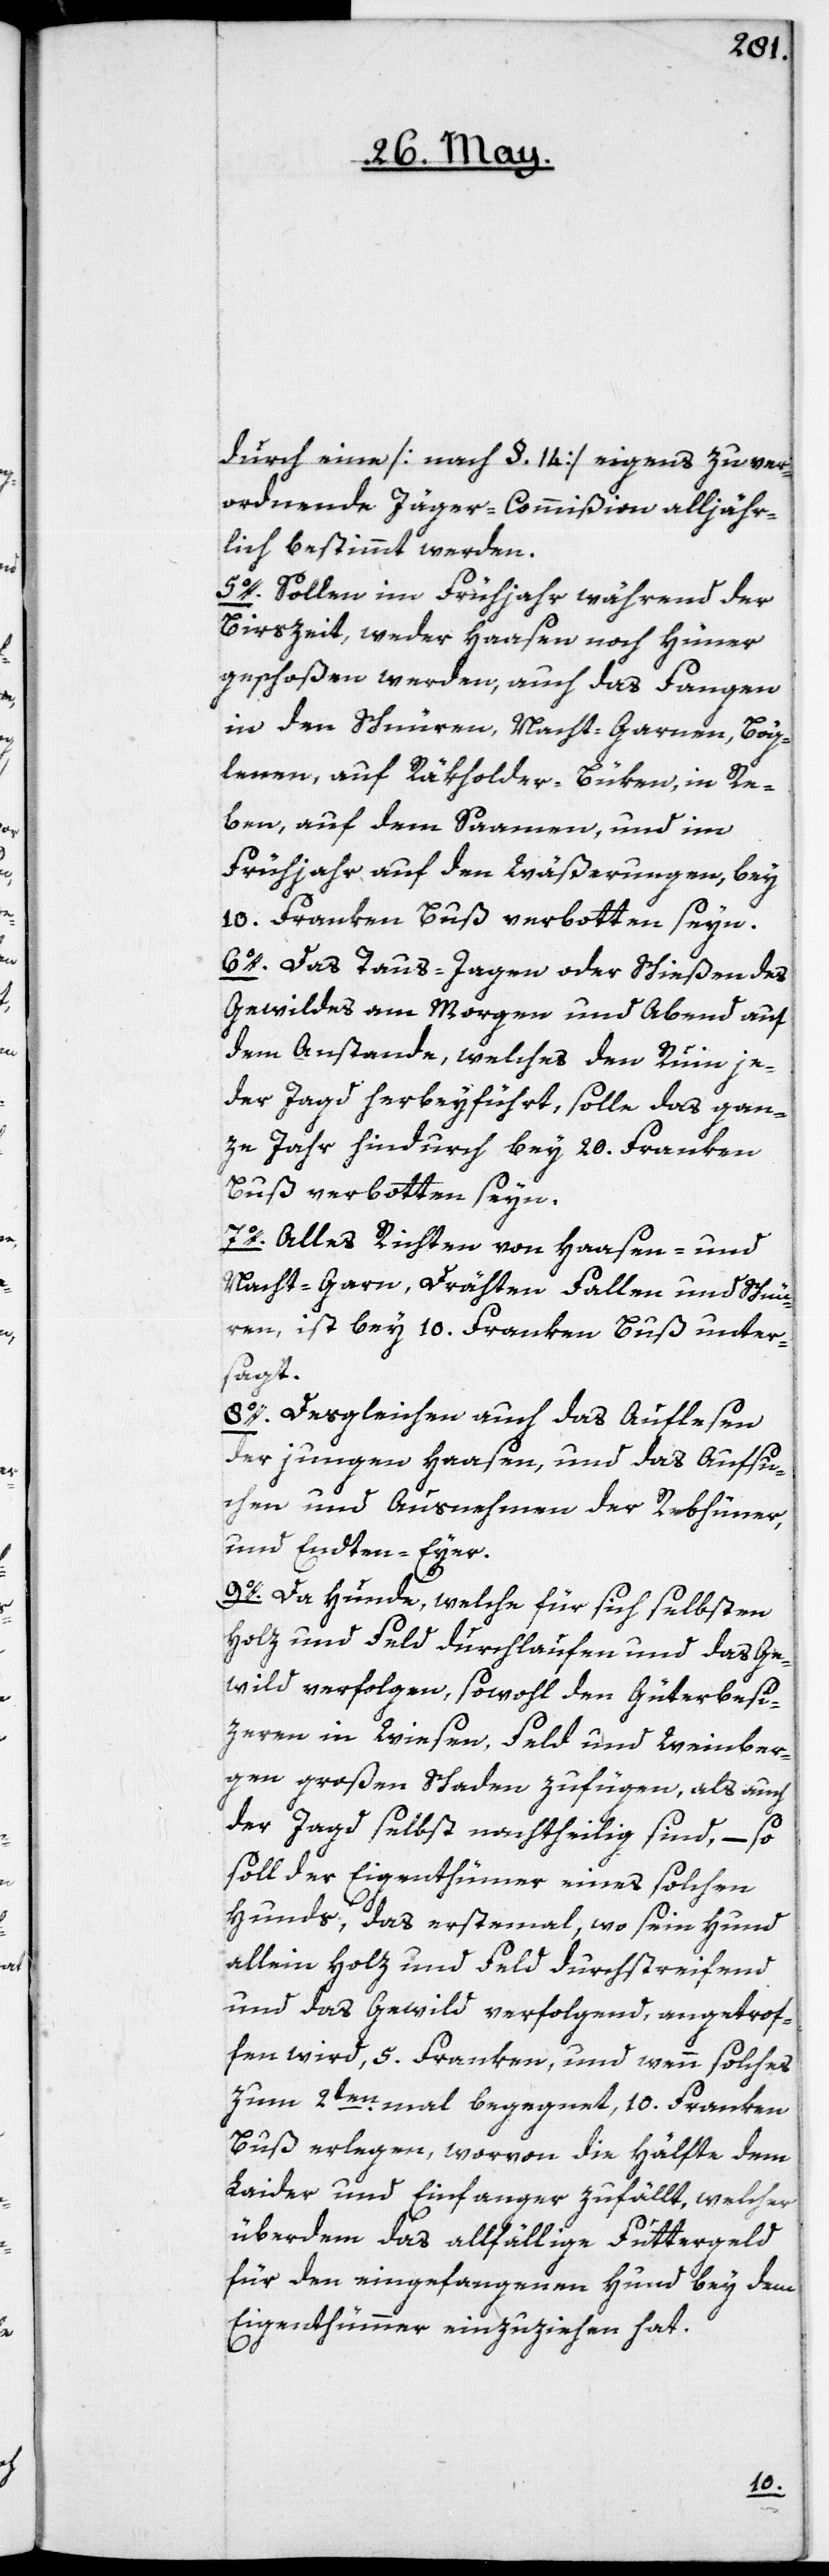
durch eine [nach §. 14] eigens zu ver¬
ordnende Jäger-Commißion alljähr¬
lich bestimmt werden.
5o. Sollen im Frühjahr während der
Birszeit weder Haasen noch Hüner
geschoßen werden, auch das Fangen
in den Schnüren, Nacht-Garnen, Bög¬
lenen, auf Räkholder-Büken, in Re¬
ben, auf dem Saamen, und im
Frühjahr auf den Wäßerungen, bey
10. Franken Buß verbotten seyn.
6o. Das Taus-Jagen oder Schießen des
Gewildes am Morgen und Abend auf
dem Anstande, welches den Ruin je¬
der Jagd herbeyführt, solle das gan¬
ze Jahr hindurch bey 20. Franken
Buß verbotten seyn.
7o. Alles Richten von Haasen- und
Nacht-Garn, Drähten, Fallen und Schnü¬
ren, ist bey 10. Franken Buß unter¬
sagt.
8o. Desgleichen auch das Auflesen
der jungen Haasen, und das Aufsu¬
chen und Ausnehmen der Rebhüner
und Endten-Eyer.
9o. Da Hunde, welche für sich selbsten
Holz und Feld durchlaufen und das Ge¬
wild verfolgen, sowohl den Güterbesi¬
zeren in Wiesen, Feld und Weinber¬
gen großen Schaden zufügen, als auch
der Jagd selbst nachtheilig sind, – so
soll der Eigenthümer eines solchen
Hunds, das erstemal, wo sein Hund
allein Holz und Feld durchstreifend
und das Gewild verfolgend, angetrof¬
fen wird, 5. Franken, und wenn solches
zum 2ten Mal begegnet, 10. Franken
Buß erlegen, worvon die Hälfte dem
Laider und Einfanger zufällt, welcher
überdem das allfällige Futtergeld
für den eingefangenen Hund bey dem
Eigenthümmer einzuziehen hat.